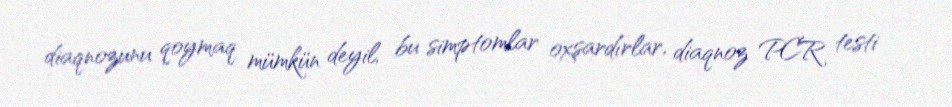
diaqnozunu qoymaq mümkün deyil, bu simptomlar oxşardırlar, diaqnoz PCR testi